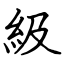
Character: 級